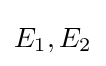
E_{1},E_{2}